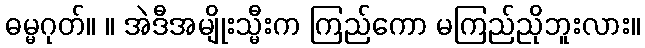
ဓမ္မဂုတ်။ ။ အဲဒီအမျိုးသ္မီးက ကြည်ကော မကြည်ညိုဘူးလား။